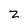
Character: z